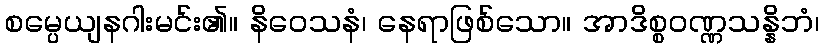
စမ္ပေယျနဂါးမင်း၏။ နိဝေသနံ၊ နေရာဖြစ်သော။ အာဒိစ္စဝဏ္ဏသန္နိဘံ၊